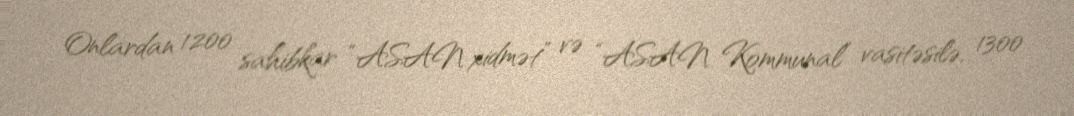
Onlardan 1200 sahibkar “ASAN xidmət” və “ASAN Kommunal” vasitəsilə, 1300